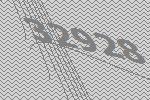
32928